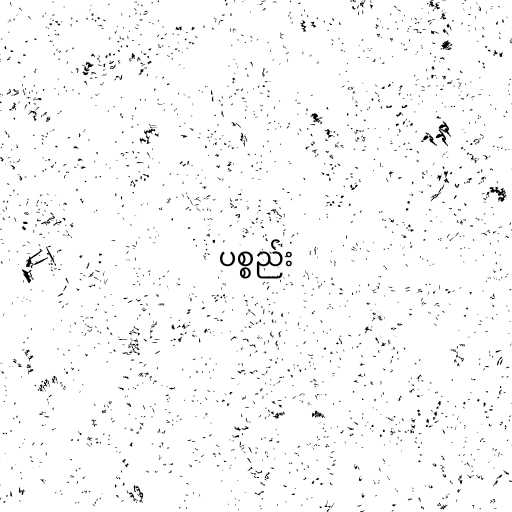
ပစ္စည်း